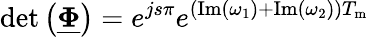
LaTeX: \mathrm{det}\left(\underline{{\boldsymbol{\Phi}}}\right)=e^{js\pi}e^{\left(\mathrm{Im}\left(\omega_{1}\right)+\mathrm{Im}\left(\omega_{2}\right)\right)T_{\mathrm{m}}}